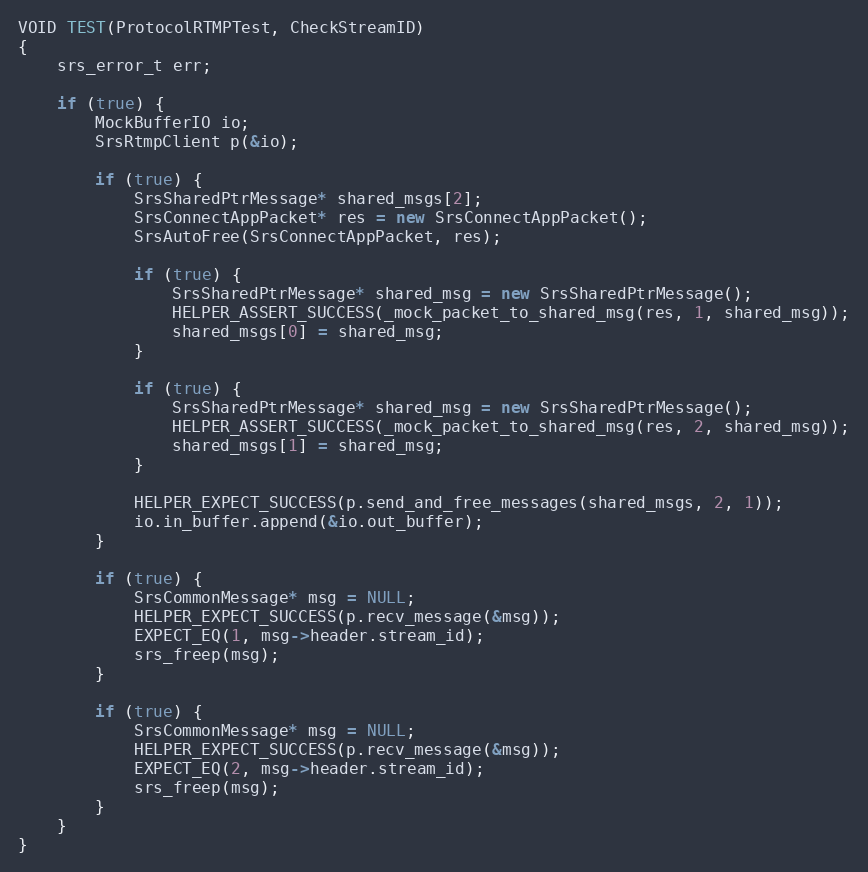
Language: C++
VOID TEST(ProtocolRTMPTest, CheckStreamID)
{
    srs_error_t err;

    if (true) {
        MockBufferIO io;
        SrsRtmpClient p(&io);

        if (true) {
            SrsSharedPtrMessage* shared_msgs[2];
            SrsConnectAppPacket* res = new SrsConnectAppPacket();
            SrsAutoFree(SrsConnectAppPacket, res);

            if (true) {
                SrsSharedPtrMessage* shared_msg = new SrsSharedPtrMessage();
                HELPER_ASSERT_SUCCESS(_mock_packet_to_shared_msg(res, 1, shared_msg));
                shared_msgs[0] = shared_msg;
            }

            if (true) {
                SrsSharedPtrMessage* shared_msg = new SrsSharedPtrMessage();
                HELPER_ASSERT_SUCCESS(_mock_packet_to_shared_msg(res, 2, shared_msg));
                shared_msgs[1] = shared_msg;
            }

            HELPER_EXPECT_SUCCESS(p.send_and_free_messages(shared_msgs, 2, 1));
            io.in_buffer.append(&io.out_buffer);
        }

        if (true) {
            SrsCommonMessage* msg = NULL;
            HELPER_EXPECT_SUCCESS(p.recv_message(&msg));
            EXPECT_EQ(1, msg->header.stream_id);
            srs_freep(msg);
        }

        if (true) {
            SrsCommonMessage* msg = NULL;
            HELPER_EXPECT_SUCCESS(p.recv_message(&msg));
            EXPECT_EQ(2, msg->header.stream_id);
            srs_freep(msg);
        }
    }
}